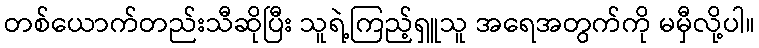
တစ်ယောက်တည်းသီဆိုပြီး သူရဲ့ကြည့်ရှူသူ အရေအတွက်ကို မမှီလို့ပါ။